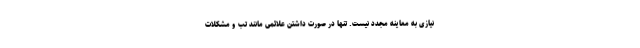
نیازی به معاینه مجدد نیست. تنها در صورت داشتن علائمی مانند تب و مشکلات